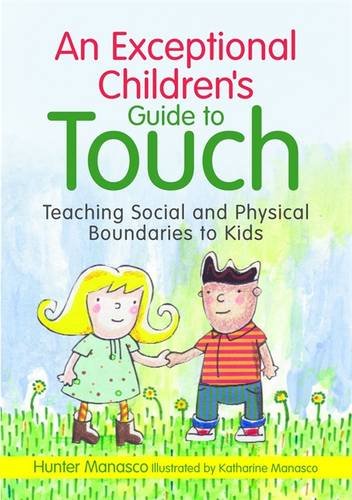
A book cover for An Exceptional Children's Guide to Touch: Teaching Social and Physical Boundaries to Kids; McKinley Hunter Manasco; Health, Fitness & Dieting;